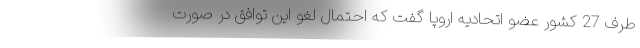
طرف 27 کشور عضو اتحادیه اروپا گفت که احتمال لغو این توافق در صورت